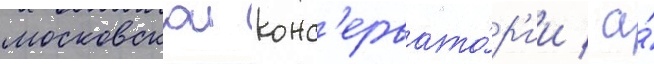
московскои конс'ервато́р'ии / а́